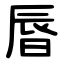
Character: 㫳